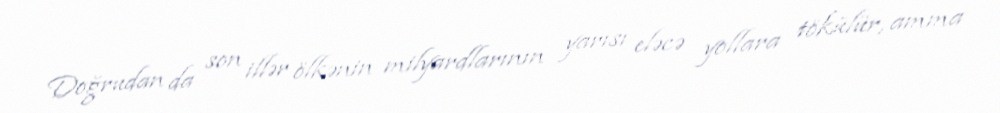
Doğrudan da son illər ölkənin milyardlarının yarısı eləcə yollara tökülür, amma